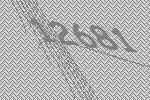
12681